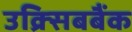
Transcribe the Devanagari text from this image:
उक्र्सिबबैंक